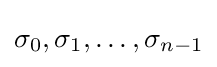
\sigma _{0},\sigma _{1},\ldots ,\sigma _{n-1}